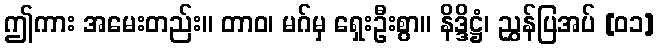
ဤကား အမေးတည်း။ တာဝ၊ မဂ်မှ ရှေးဦးစွာ။ နိဒ္ဒိဋ္ဌံ၊ ညွှန်ပြအပ် [၀၁]